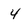
Character: 4